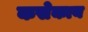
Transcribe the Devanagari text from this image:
कसेकाय